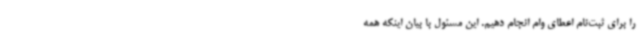
را برای ثبت‌نام اعطای وام انجام دهیم. این مسئول با بیان اینکه همه